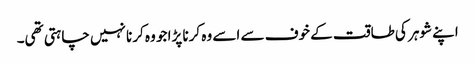
اپنے شوہر کی طاقت کے خوف سے اسے وہ کرنا پڑا جو وہ کرنا نہیں چاہتی تھی۔